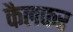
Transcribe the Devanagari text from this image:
कैलफर